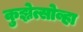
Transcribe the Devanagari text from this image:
कुझ्नेत्सोव्हा